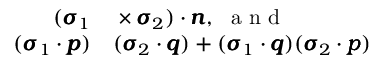
\begin{array} { r l } { ( \pmb \sigma _ { 1 } } & { { } \times \pmb \sigma _ { 2 } ) \cdot { \pmb n } , \ \mathrm { ~ a ~ n ~ d ~ } } \\ { ( \pmb \sigma _ { 1 } \cdot { \pmb p } ) } & { { } ( \pmb \sigma _ { 2 } \cdot { \pmb q } ) + ( \pmb \sigma _ { 1 } \cdot { \pmb q } ) ( \pmb \sigma _ { 2 } \cdot { \pmb p } ) } \end{array}